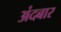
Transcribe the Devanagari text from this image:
अंदबार